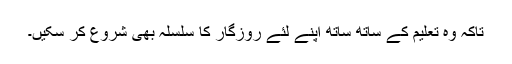
تاکہ وہ تعلیم کے ساتھ ساتھ اپنے لئے روزگار کا سلسلہ بھی شروع کر سکیں۔